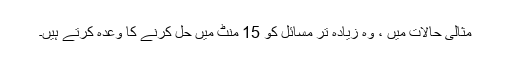
مثالی حالات میں ، وہ زیادہ تر مسائل کو 15 منٹ میں حل کرنے کا وعدہ کرتے ہیں۔